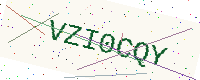
Text: VZI0CQY